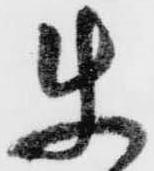
使